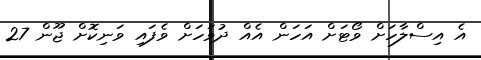
އެ އިސްލާހަށް ވޯޓަށް އަހަން އެއް ދުވަހަށް ވެފައި ވަނިކޮށް ޖޫން 27